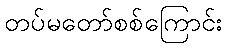
တပ်မတော်စစ်ကြောင်း